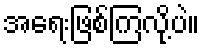
အရေးဖြစ်ကြလို့ပဲ။